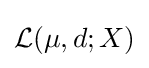
{\mathcal {L}}(\mu ,d;X)